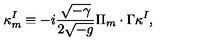
\kappa _ { m } ^ { I } \equiv - i \frac { \sqrt { - \gamma } } { 2 \sqrt { - g } } \Pi _ { m } \cdot \Gamma \kappa ^ { I } ,